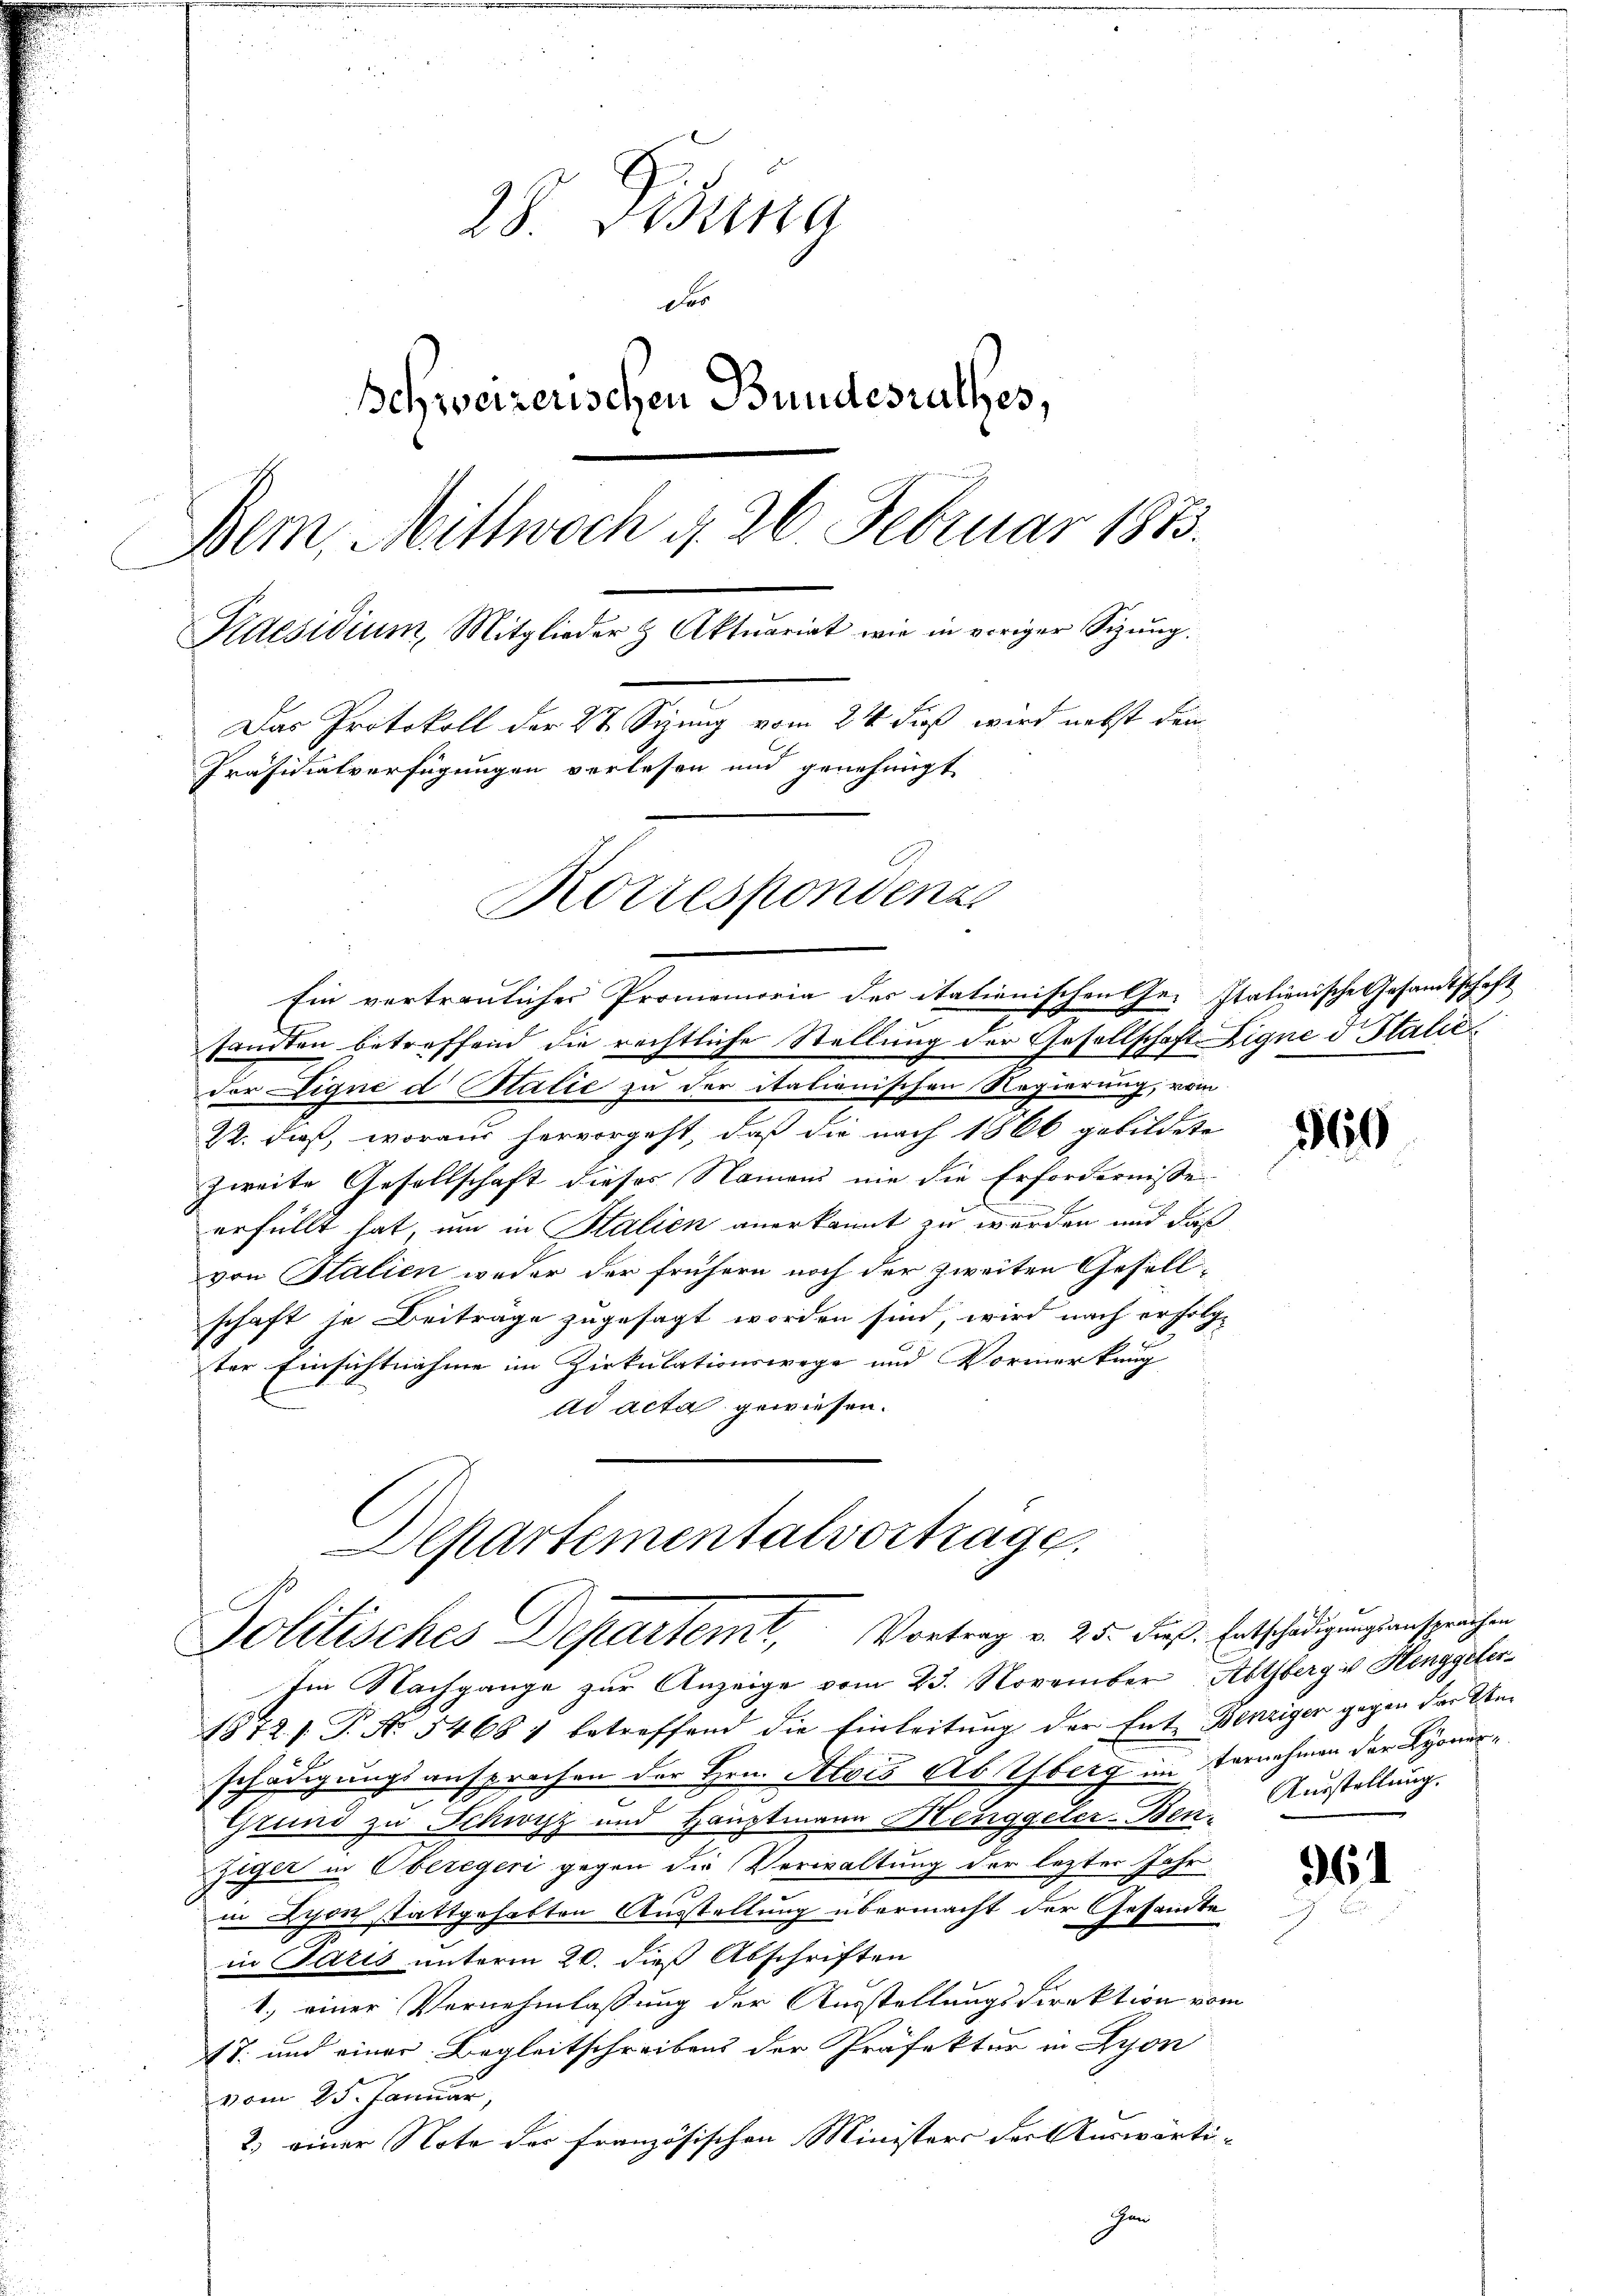
28. Besta
d
Schweizerischen Bundestalles,
Bern, Mittwoch d. 26. Februar 1873.
Kaesidium, Mitglieder & Aktuariat wie in voriger Sizŭng.
Das Protokoll der St. Sizung vom 24. dieß wird nebst den
Präsidialverfügungen verlesen und genehmigt
Rottespondenz

Ein vertraulicher Promemoria der italienischen Ge- Stationische Gesandtschaft
sandten betreffend die rechtliche Stellung der Gesellschaft Ligne d Italie
der Eigne d Stalie zu der italionischen Regierung, vom
22. dieß, woraus hervorgeht, daß die nach 1866 gebildete
zweite Gesellschaft dieses Namens nie die Erfordernisse
erfüllt hat um in Stalien anerkannt zu werden und daß
von Stalien weder der frühern noch der zweiten Gesell-
schaft je Beiträge zugesagt worden sind, wird nach erfolg-
ter Einsichtnahme im Zirkulationswege und Vormerkung
ad acta gewiesen.

Departementalvortrage.
Politisches Departemt, Vortrag v. 25. dieß. Entschädigungsansprechen

Im Nachgange zur Anzeige vom 23. November Abthberg u Henggeler¬
1812 s. T. No 54681 betreffend die Einleitung der Ente Benziger gegen der Unschädigungsansprechen der Hrn. Alois Ab Yberg im Vernehmen der Lyonerc
Grund zu Schwyz und Hauptmann Henggeler-Ben¬
Ziger in Oberegeri gegen die Verwaltung der lezter Jahr
in Lyon stattgehabten Ausstellung übermacht der Gesandte
in Paris unterm 20. dieß Abschriften
1) einer Vernehmlassung der Ausstellungsdirektion vom
47 und einer Begleitschreibens der Präfektur in Lyon
vom 25. Januar,
2) einer Note der französischen Ministers der Auswärti¬
Ihm

560

364

Ausstellung.